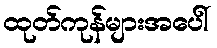
ထုတ်ကုန်များအပေါ်